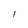
Character: l